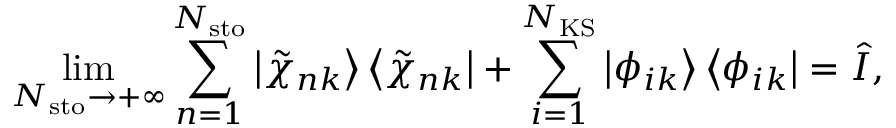
\operatorname* { l i m } _ { N _ { \mathrm { s t o } } \rightarrow + \infty } \sum _ { n = 1 } ^ { N _ { \mathrm { s t o } } } \left| \tilde { \chi } _ { n k } \right\rangle \left\langle \tilde { \chi } _ { n k } \right| + \sum _ { i = 1 } ^ { N _ { \mathrm { K S } } } \left| \phi _ { i k } \right\rangle \left\langle \phi _ { i k } \right| = \hat { I } ,